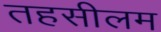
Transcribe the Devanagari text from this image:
तहसीलम